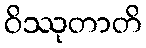
ဝိဿုတာတိ